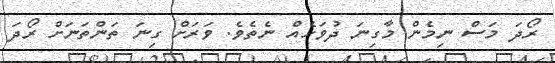
ރޯދަ މަސް ނިމެން މާގިނަ ދުވަހެއް ނެތެވެ. ވަރަށް ގިނަ ތަންތަނަށް ރޯދަ